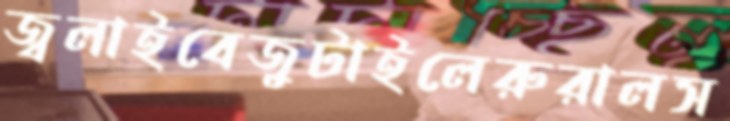
জ্বলাইবেজুটাইলেরুরালস